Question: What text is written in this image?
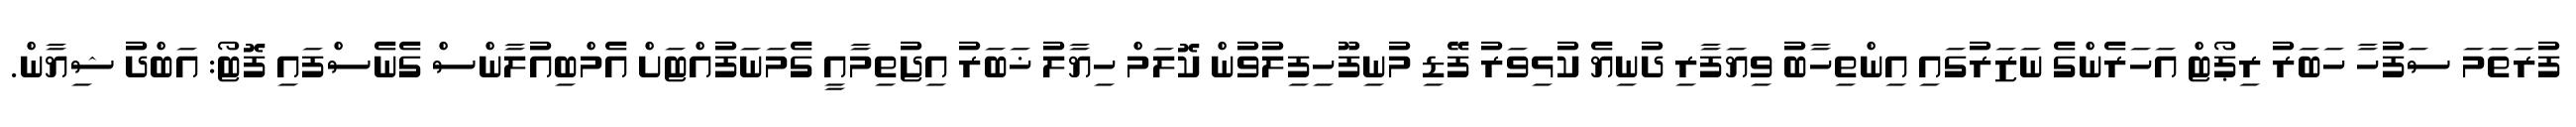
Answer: ފުރަތަމަ ސަފުހާ ހަބަރު ރިޕޯޓް އަހަރެންގެ ނަޒަރުގައި އިންތިހާބު ވިޔަފާރި ދުނިޔެ ކުޅިވަރު ފޭޑި މުނިފޫހިފިލުވުން ކޮލަމް ހިޔާލު ޚަބަރު އިޖުތިމާއީ ގެމަނަފުއްޓަށް އެމްބިއުލާންސް ގެނެސްފައި ފޮޓޯ: އަބްދު ޝިޔާން.